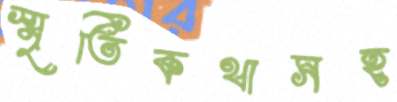
স্মৃতিকথাসহ